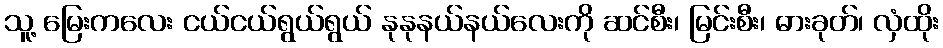
သူ့ မြေးကလေး ငယ်ငယ်ရွယ်ရွယ် နုနုနယ်နယ်လေးကို ဆင်စီး၊ မြင်းစီး၊ ဓားခုတ်၊ လှံထိုး